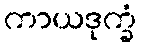
ကာယဒုက္ခံ